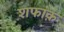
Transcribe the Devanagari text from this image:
शफाक़